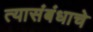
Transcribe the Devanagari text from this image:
त्यासंबंधाचे